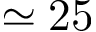
\simeq 2 5